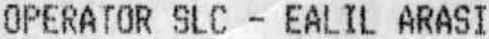
OPERATOR SLC - EALIL ARASI